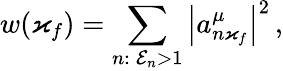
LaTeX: w(\varkappa_{f})=\sum_{n:\: \mathcal{E}_{n}>1}\left|a_{n\varkappa_{f}}^{\mu}\right|^{2}\, ,